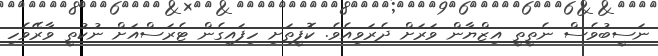
ނަސީބުވެސް ނެތީތީ އިޒްޔާން ވަރަށް ދެރަވިއެވެ. ކޮފީތަށި ހިފައިގެން ޓެރަސްއަށް ނުކުތީ ވާރޭވެހި